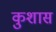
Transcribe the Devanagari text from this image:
कुशास